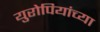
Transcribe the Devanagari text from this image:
युरोपियांच्या